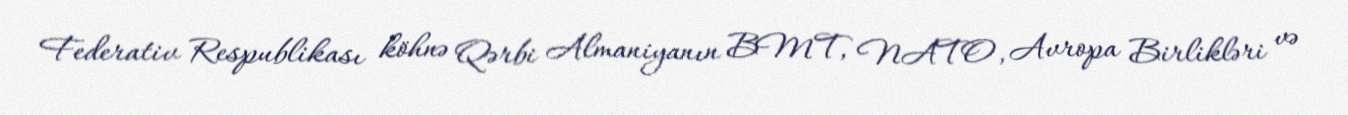
Federativ Respublikası köhnə Qərbi Almaniyanın BMT, NATO, Avropa Birlikləri və